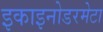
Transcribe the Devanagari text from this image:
इकाइनोडरमेटा